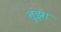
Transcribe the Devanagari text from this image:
तूझा